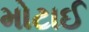
મોટાઈ